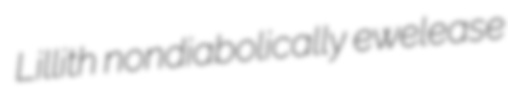
Lillith nondiabolically ewelease